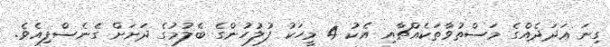
ގިނަ ޢަދަދެއްގެ މަސްތުވާތަކެއްޗާއި އެކު 4 މީހަކު ފުލުހުންގެ ބެލުމުގެ ދަށަށް ގެނެސްފިއެވެ.